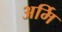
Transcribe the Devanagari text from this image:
अर्मि